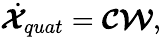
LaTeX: \dot{\boldsymbol{\mathcal{X}}}_{quat}=\boldsymbol{\mathcal{C}}\boldsymbol{\mathcal{W}},